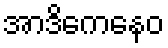
အာဒိကေနေဝ